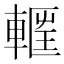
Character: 𮝝